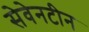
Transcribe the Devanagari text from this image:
सेवेनटीन